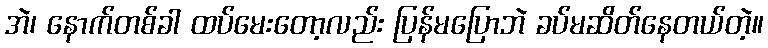
အဲ၊ နောက်တစ်ခါ ထပ်မေးတော့လည်း ပြန်မပြောဘဲ ခပ်မဆိတ်နေတယ်တဲ့။